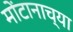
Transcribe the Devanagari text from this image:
मोंटानाच्या